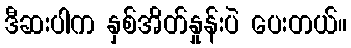
ဒီဆးပါက နှစ်အိတ်နှုန်းပဲ ပေးတယ်။